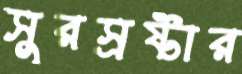
সুরস্রষ্টার